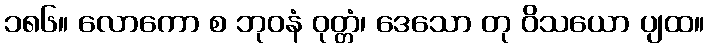
၁၈၆။ လောကော စ ဘုဝနံ ဝုတ္တံ၊ ဒေသော တု ဝိသယော ပျထ။